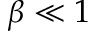
\beta \ll 1